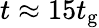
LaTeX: t\approx 15t_{\mathrm{g}}